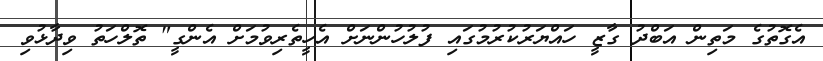
އެގޮތުގެ މަތިން އަބްދު ގާޒީ ހައްޔަރުކުރުމުގައި ފުލުހުންނަށް އެހީތެރިވުމަށް އެންގީ" ތޮލްހަތު ވިދާޅުވި